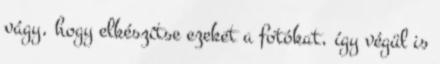
vágy, hogy elkészítse ezeket a fotókat, így végül is